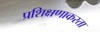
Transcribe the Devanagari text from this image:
प्रशिक्षणाकरता